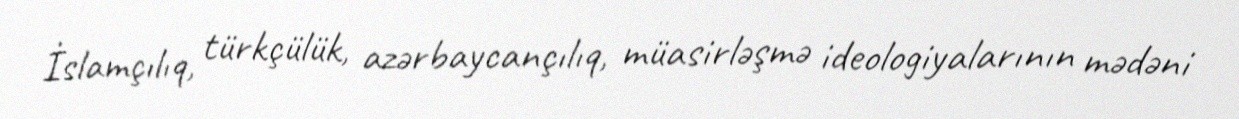
İslamçılıq, türkçülük, azərbaycançılıq, müasirləşmə ideologiyalarının mədəni